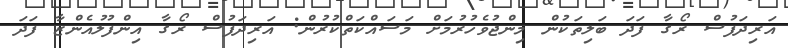
އަރިދަފުސް ރޯގާ ފަދަ ބަލިތަކުން މިންޖުވެހުރުމަށް މަސައްކަތްކުރުން: އަރިދަފުސް ރޯގާ އިންފުލުއެންޒާ ފަދަ